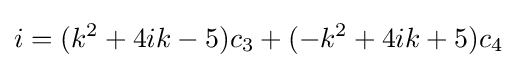
i=(k^{2}+4ik-5)c_{3}+(-k^{2}+4ik+5)c_{4}